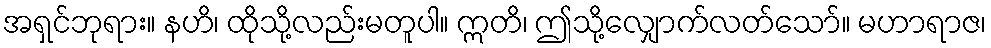
အရှင်ဘုရား။ နဟိ၊ ထိုသို့လည်းမတူပါ။ ဣတိ၊ ဤသို့လျှောက်လတ်သော်။ မဟာရာဇ၊